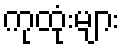
ကုထုံးများ